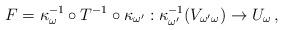
LaTeX: \begin{align*}F=\kappa^{-1}_\omega\circ T^{-1}\circ \kappa_{\omega'}:\kappa_{\omega'}^{-1}(V_{\omega'\omega}) \to U_\omega \, ,\end{align*}